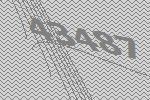
43487